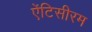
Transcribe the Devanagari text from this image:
ऐंटिसीरम